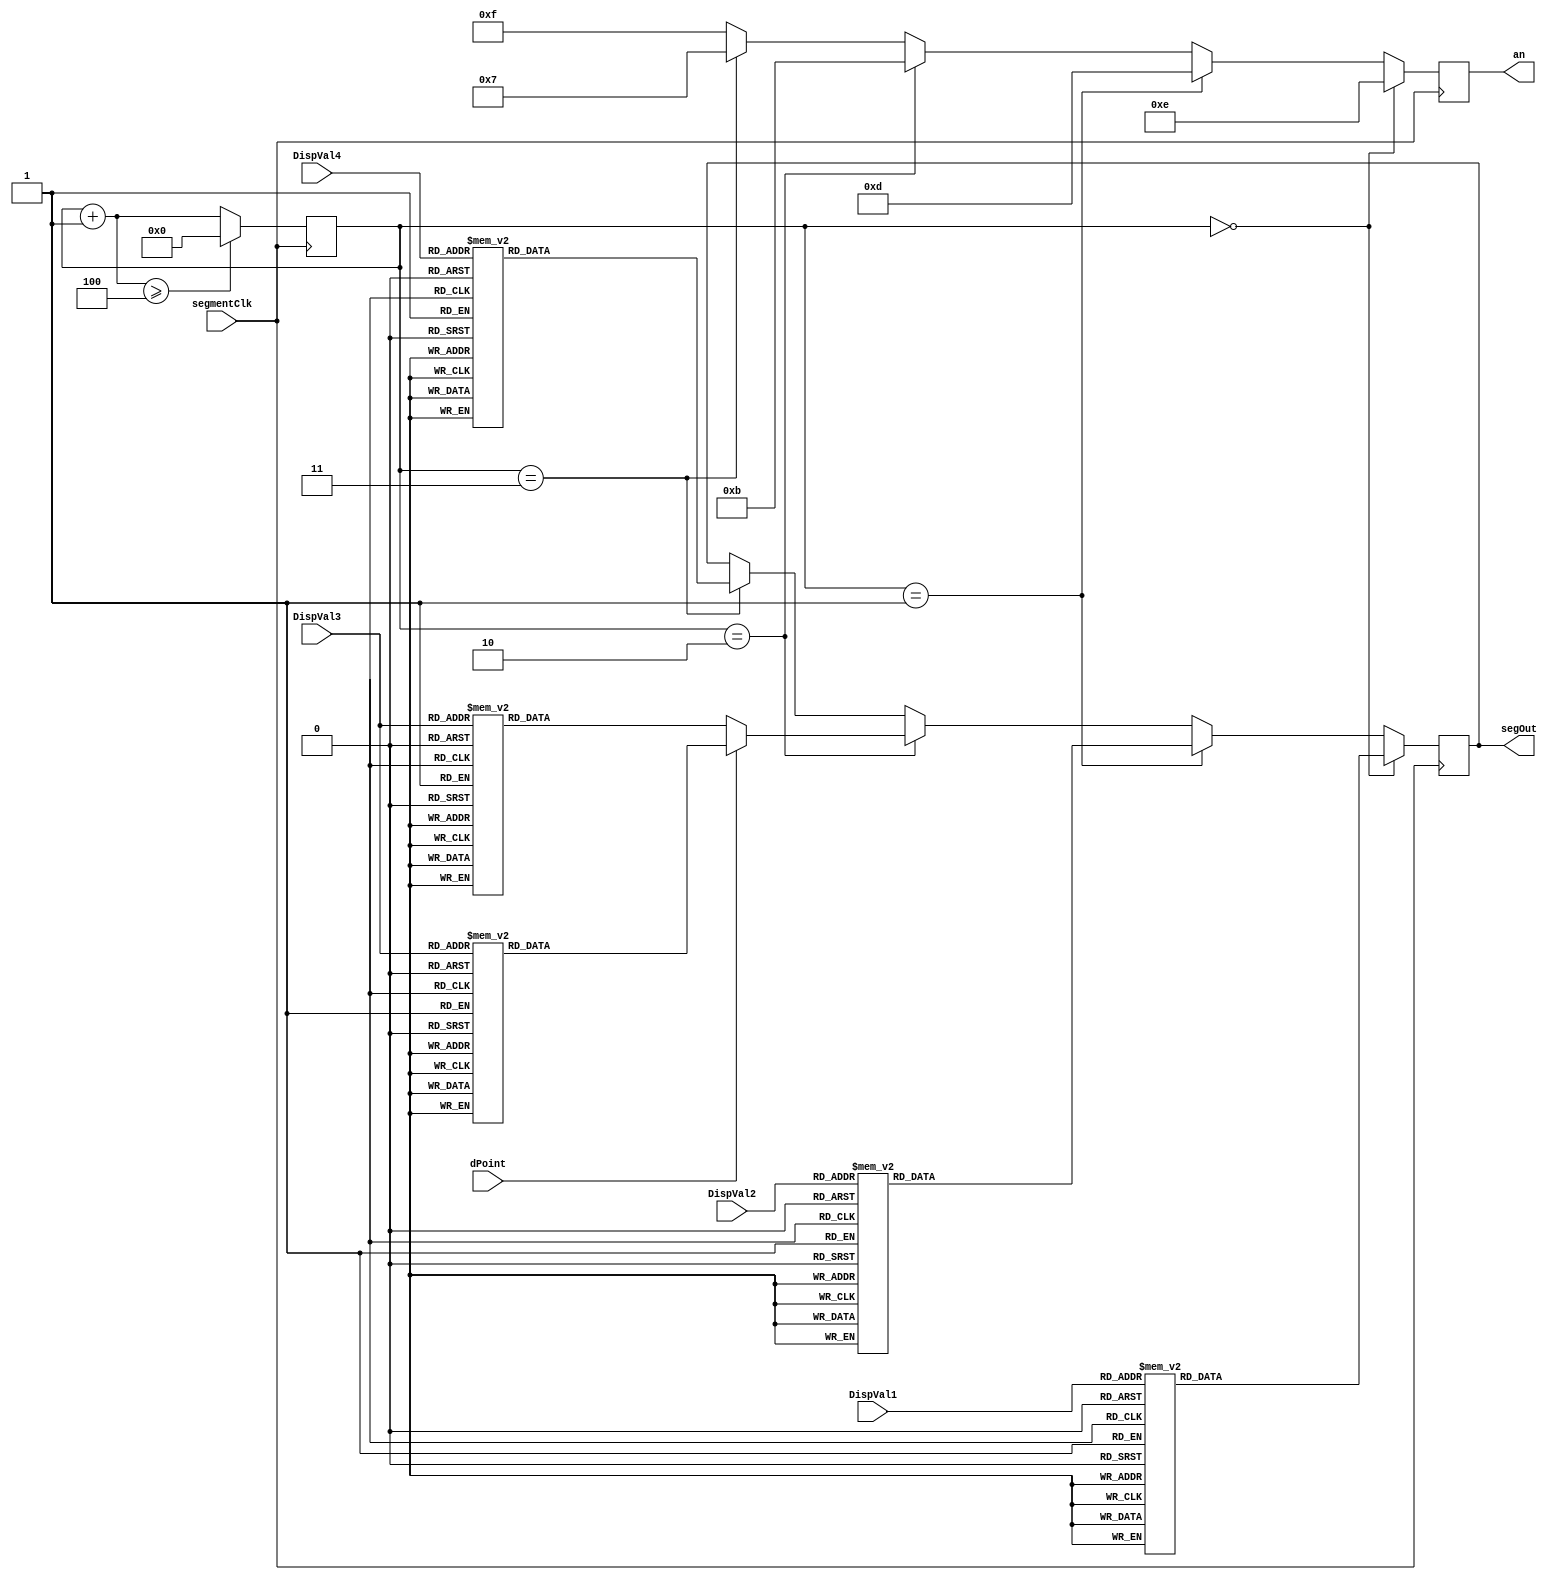
`timescale 1ns / 1ps
//////////////////////////////////////////////////////////////////////////////////
// Company: 
// Engineer: 
// 
// Design Name: 
// Module Name:    Display 
// Project Name: 
// Target Devices: 
// Tool versions: 
// Description: 
//
// Dependencies: 
//
// Revision: 
// Revision 0.01 - File Created
// Additional Comments: 
//
//////////////////////////////////////////////////////////////////////////////////
module DisplayController(
	input [3:0] DispVal1,
	input [3:0] DispVal2,
	input [3:0] DispVal3,
	input [4:0] DispVal4,
	input dPoint, // Decimal point enabled???
	input segmentClk,
    output reg [3:0]an,			// Controls the display digits
    output reg[7:0] segOut
    );
	
	reg [3:0] segTurn;
	
	initial begin
		segTurn = 0;
	end

	always @(posedge segmentClk) begin 
	an = 4'b1111;
	if (segTurn == 0) begin
			an = 4'b1110;
			case (DispVal1)
				4'h0 : segOut <= 8'b11000000;  // 0
				4'h1 : segOut <= 8'b11111001;  // 1
				4'h2 : segOut <= 8'b10100100;  // 2
				4'h3 : segOut <= 8'b10110000;  // 3
				4'h4 : segOut <= 8'b10011001;  // 4
				4'h5 : segOut <= 8'b10010010;  // 5
				4'h6 : segOut <= 8'b10000010;  // 6
				4'h7 : segOut <= 8'b11111000;  // 7
				4'h8 : segOut <= 8'b10000000;  // 8
				4'h9 : segOut <= 8'b10010000;  // 9
				4'hA : segOut <= 8'b10001000; 	// A
				4'hB : segOut <= 8'b10000011;	// B
				4'hC : segOut <= 8'b11000110;	// C
				4'hD : segOut <= 8'b10100001;	// D
				4'hE : segOut <= 8'b10000110;	// E
				4'hF : segOut <= 8'b10001110;	// F
				default : segOut <= 8'b10111111;		
			endcase
	end else if (segTurn == 1) begin
			an = 4'b1101;
			case (DispVal2)
				4'h0 : segOut <= 8'b11000000;  // 0
				4'h1 : segOut <= 8'b11111001;  // 1
				4'h2 : segOut <= 8'b10100100;  // 2
				4'h3 : segOut <= 8'b10110000;  // 3
				4'h4 : segOut <= 8'b10011001;  // 4
				4'h5 : segOut <= 8'b10010010;  // 5
				4'h6 : segOut <= 8'b10000010;  // 6
				4'h7 : segOut <= 8'b11111000;  // 7
				4'h8 : segOut <= 8'b10000000;  // 8
				4'h9 : segOut <= 8'b10010000;  // 9
				4'hA : segOut <= 8'b10001000; 	// A
				4'hB : segOut <= 8'b10000011;	// B
				4'hC : segOut <= 8'b11000110;	// C
				4'hD : segOut <= 8'b10100001;	// D
				4'hE : segOut <= 8'b10000110;	// E
				4'hF : segOut <= 8'b10001110;	// F
				default : segOut <= 8'b10111111;		
			endcase
	end else if (segTurn == 2) begin
			an = 4'b1011;
			if (dPoint) begin 
				case (DispVal3)
					4'h0 : segOut <= 8'b01000000;  // 0
					4'h1 : segOut <= 8'b01111001;  // 1
					4'h2 : segOut <= 8'b00100100;  // 2
					4'h3 : segOut <= 8'b00110000;  // 3
					4'h4 : segOut <= 8'b00011001;  // 4
					4'h5 : segOut <= 8'b00010010;  // 5
					4'h6 : segOut <= 8'b00000010;  // 6
					4'h7 : segOut <= 8'b01111000;  // 7
					4'h8 : segOut <= 8'b00000000;  // 8
					4'h9 : segOut <= 8'b00010000;  // 9
					4'hA : segOut <= 8'b00001000; 	// A
					4'hB : segOut <= 8'b00000011;	// B
					4'hC : segOut <= 8'b01000110;	// C
					4'hD : segOut <= 8'b00100001;	// D
					4'hE : segOut <= 8'b00000110;	// E
					4'hF : segOut <= 8'b00001110;	// F
					default : segOut <= 8'b00111111;		
				endcase
			end else begin
				case (DispVal3)
					4'h0 : segOut <= 8'b11000000;  // 0
					4'h1 : segOut <= 8'b11111001;  // 1
					4'h2 : segOut <= 8'b10100100;  // 2
					4'h3 : segOut <= 8'b10110000;  // 3
					4'h4 : segOut <= 8'b10011001;  // 4
					4'h5 : segOut <= 8'b10010010;  // 5
					4'h6 : segOut <= 8'b10000010;  // 6
					4'h7 : segOut <= 8'b11111000;  // 7
					4'h8 : segOut <= 8'b10000000;  // 8
					4'h9 : segOut <= 8'b10010000;  // 9
					4'hA : segOut <= 8'b10001000; 	// A
					4'hB : segOut <= 8'b10000011;	// B
					4'hC : segOut <= 8'b11000110;	// C
					4'hD : segOut <= 8'b10100001;	// D
					4'hE : segOut <= 8'b10000110;	// E
					4'hF : segOut <= 8'b10001110;	// F
					default : segOut <= 8'b10111111;		
				endcase
			end
	end else if (segTurn == 3) begin
			an = 4'b0111;
			case (DispVal4)
				5'h0 : segOut <= 8'b11000000;  // 0
				5'h1 : segOut <= 8'b11111001;  // 1
				5'h2 : segOut <= 8'b10100100;  // 2
				5'h3 : segOut <= 8'b10110000;  // 3
				5'h4 : segOut <= 8'b10011001;  // 4
				5'h5 : segOut <= 8'b10010010;  // 5
				5'h6 : segOut <= 8'b10000010;  // 6
				5'h7 : segOut <= 8'b11111000;  // 7
				5'h8 : segOut <= 8'b10000000;  // 8
				5'h9 : segOut <= 8'b10010000;  // 9
				5'hA : segOut <= 8'b10001000; 	// A
				5'hB : segOut <= 8'b10000011;	// B
				5'hC : segOut <= 8'b11000110;	// C
				5'hD : segOut <= 8'b10100001;	// D
				5'hE : segOut <= 8'b10000110;	// E
				5'hF : segOut <= 8'b10001110;	// F
				5'h10 : segOut <= 8'b10101011;	// n
				5'h11 : segOut <= 8'b10011000;	// q
				5'h12 : segOut <= 8'b10010010;	// S
				5'h13 : segOut <= 8'b10001100;	// P

				default : segOut <= 8'b10111111;		
			endcase
	end

	segTurn = segTurn + 1;
	if (segTurn >= 4) segTurn = 0;
	end
endmodule